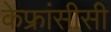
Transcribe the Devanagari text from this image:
केफ्रांसीसी